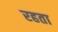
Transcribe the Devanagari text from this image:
रहता